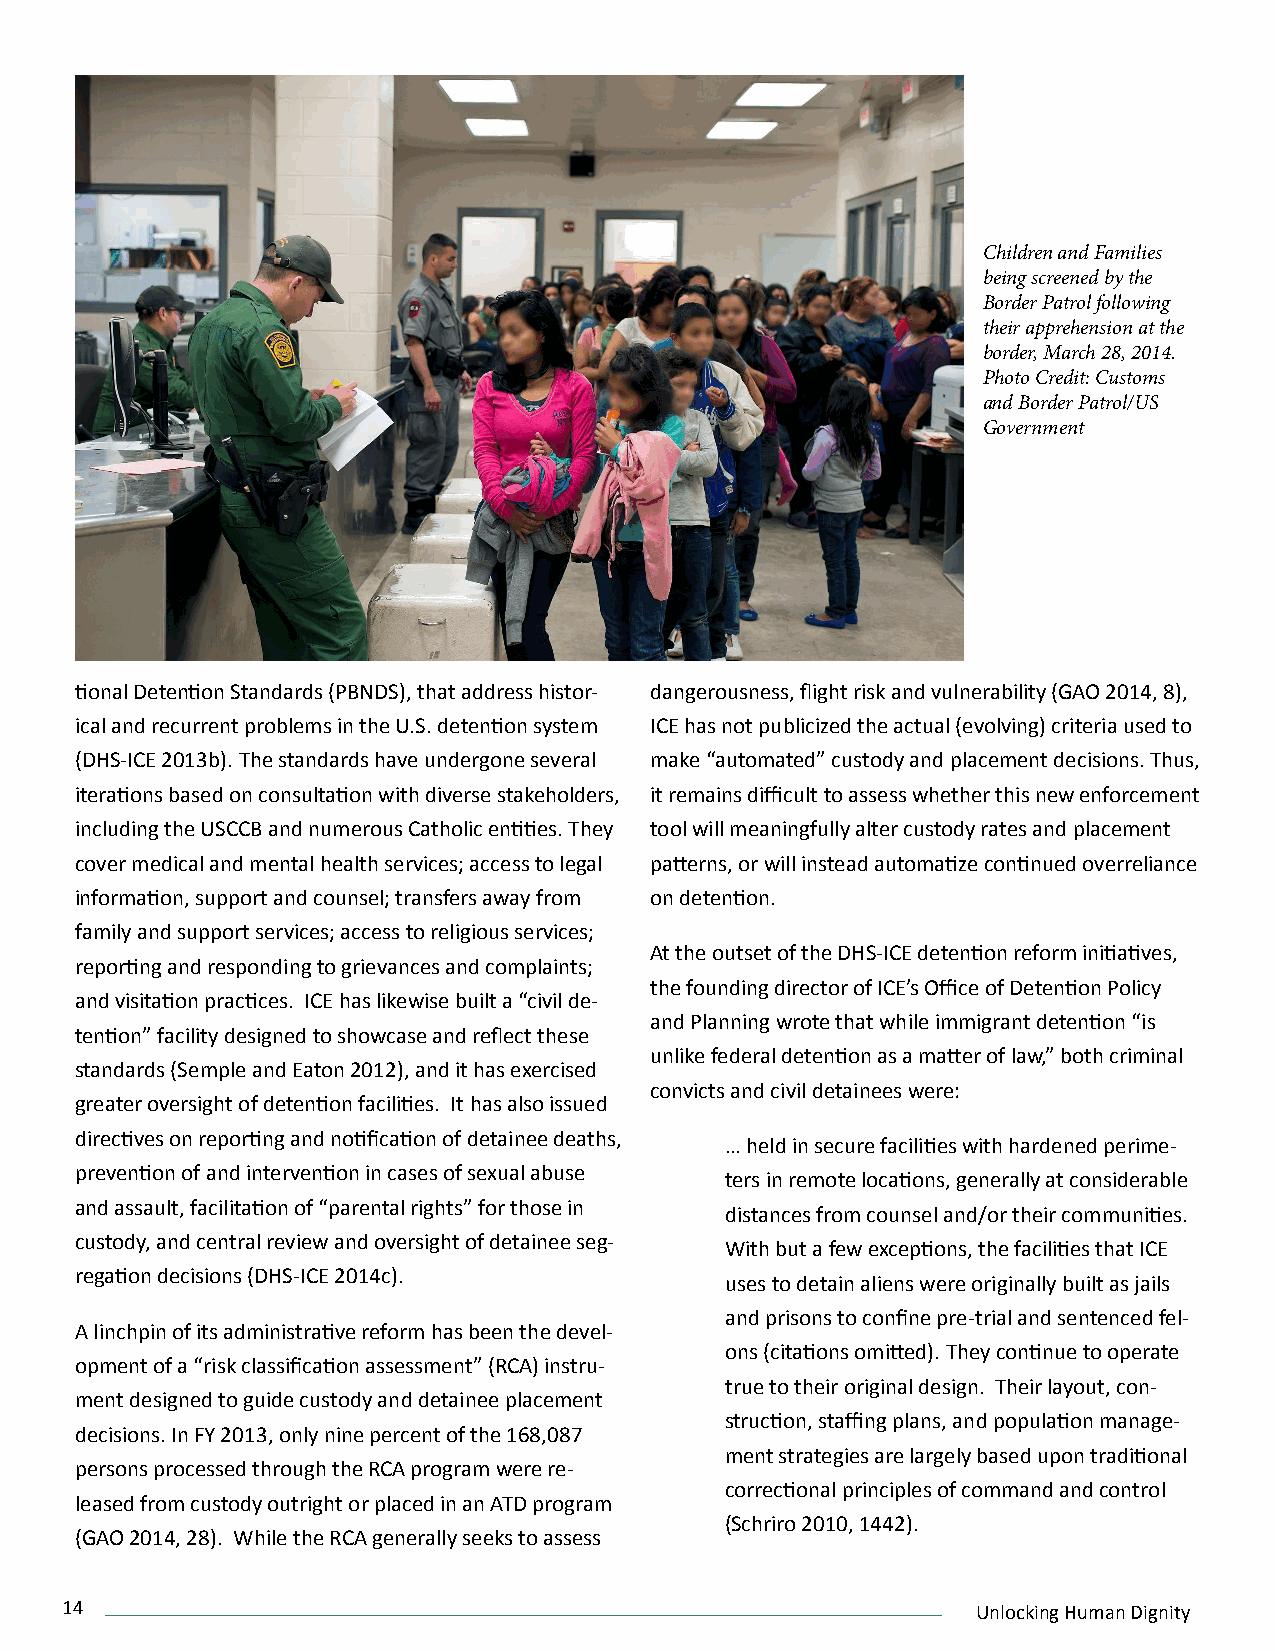
Children and Families
 being screened by the
 Border Patrol following
 their apprehension at the
 border, March 28, 2014.
 Photo Credit: Customs
 and Border Patrol/US
 Government
 tional Detention Standards (PBNDS), that address histor- dangerousness, flight risk and vulnerability (GAO 2014, 8),
 ical and recurrent problems in the U.S. detention system ICE has not publicized the actual (evolving) criteria used to
 (DHS-ICE 2013b). The standards have undergone several make “automated” custody and placement decisions. Thus,
 iterations based on consultation with diverse stakeholders, it remains difficult to assess whether this new enforcement
 including the USCCB and numerous Catholic entities. They tool will meaningfully alter custody rates and placement
 cover medical and mental health services; access to legal patterns, or will instead automatize continued overreliance
 information, support and counsel; transfers away from on detention.
 family and support services; access to religious services;
 At the outset of the DHS-ICE detention reform initiatives,
 reporting and responding to grievances and complaints;
 the founding director of ICE’s Office of Detention Policy
 and visitation practices. ICE has likewise built a “civil de-
 and Planning wrote that while immigrant detention “is
 tention” facility designed to showcase and reflect these
 unlike federal detention as a matter of law,” both criminal
 standards (Semple and Eaton 2012), and it has exercised
 convicts and civil detainees were:
 greater oversight of detention facilities. It has also issued
 directives on reporting and notification of detainee deaths,
 … held in secure facilities with hardened perime-
 prevention of and intervention in cases of sexual abuse
 ters in remote locations, generally at considerable
 and assault, facilitation of “parental rights” for those in
 distances from counsel and/or their communities.
 custody, and central review and oversight of detainee seg-
 With but a few exceptions, the facilities that ICE
 regation decisions (DHS-ICE 2014c).
 uses to detain aliens were originally built as jails
 and prisons to confine pre-trial and sentenced fel-
 A linchpin of its administrative reform has been the devel-
 ons (citations omitted). They continue to operate
 opment of a “risk classification assessment” (RCA) instru-
 true to their original design. Their layout, con-
 ment designed to guide custody and detainee placement
 struction, staffing plans, and population manage-
 decisions. In FY 2013, only nine percent of the 168,087
 ment strategies are largely based upon traditional
 persons processed through the RCA program were re-
 correctional principles of command and control
 leased from custody outright or placed in an ATD program
 (Schriro 2010, 1442).
 (GAO 2014, 28). While the RCA generally seeks to assess
 14                                                           Unlocking Human Dignity